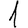
Digit: 1